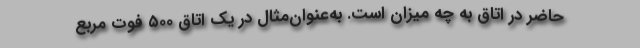
حاضر در اتاق به چه میزان است. به‌عنوان‌مثال در یک اتاق ۵۰۰ فوت مربع